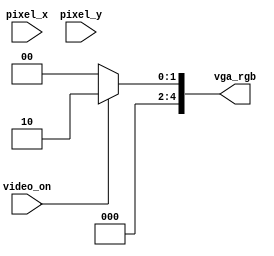
module vga_rgb_win(
    input video_on,
    input [10:0] pixel_x, pixel_y,
    output reg [4:0] vga_rgb
    );

    always @(*)
        begin
        if (video_on)
            vga_rgb = 5'b00010;
        else
            vga_rgb = 5'b00000;
        end
endmodule